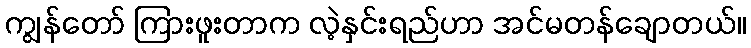
ကျွန်တော် ကြားဖူးတာက လဲ့နှင်းရည်ဟာ အင်မတန်ချောတယ်။